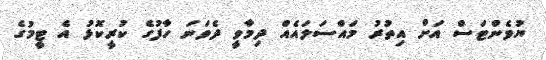
ޔުވެންޓަސް އަށް އިތުރު މައްސަލައެއް ދިމާވީ ދެވަނަ ހާފުގެ ކުރީކޮޅު އެ ޓީމުގެ